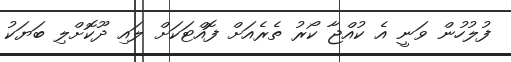
ފުލުހުން ވަނީ އެ ކުއްޖާ ކޯރު ތެރެއަށް ފޮއްޓަކަށް ލައި ދޫކޮށްލި ބަޔަކު